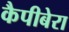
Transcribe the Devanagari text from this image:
कैपीबेरा